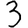
Digit: 3